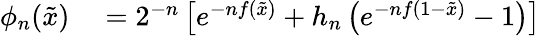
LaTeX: \begin{array}{rl}{\phi_{n}({\tilde{x}})}&{{}=2^{-n}\left[e^{-nf({\tilde{x}})}+h_{n}\left(e^{-nf(1-{\tilde{x}})}-1\right)\right]}\end{array}